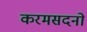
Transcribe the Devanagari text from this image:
करमसदनो